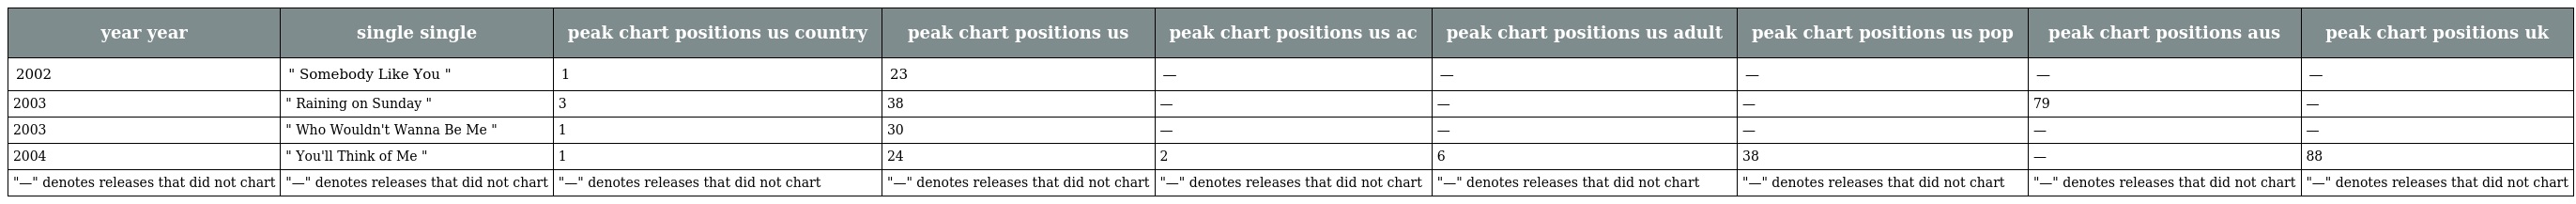
| year year | single single | peak chart positions us country | peak chart positions us | peak chart positions us ac | peak chart positions us adult | peak chart positions us pop | peak chart positions aus | peak chart positions uk |
 | --- | --- | --- | --- | --- | --- | --- | --- | --- |
 | 2002 | " Somebody Like You " | 1 | 23 | — | — | — | — | — |
 | 2003 | " Raining on Sunday " | 3 | 38 | — | — | — | 79 | — |
 | 2003 | " Who Wouldn't Wanna Be Me " | 1 | 30 | — | — | — | — | — |
 | 2004 | " You'll Think of Me " | 1 | 24 | 2 | 6 | 38 | — | 88 |
 | "—" denotes releases that did not chart | "—" denotes releases that did not chart | "—" denotes releases that did not chart | "—" denotes releases that did not chart | "—" denotes releases that did not chart | "—" denotes releases that did not chart | "—" denotes releases that did not chart | "—" denotes releases that did not chart | "—" denotes releases that did not chart |